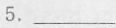
5.___